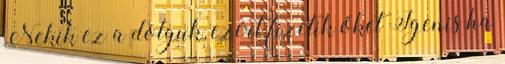
Nekik ez a dolguk, ezért fizetik őket Igenis ha